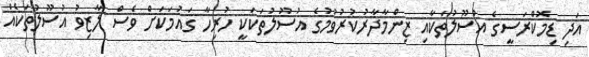
އަދި ޑިމޮކްރަސީގެ އުސޫލުތަކާއި ޒިންމާދާރުކުރުވުމުގެ އުސޫލުތަކަކީ ހުރިހާ ގައުމަކަށް ވެސް ލާޒިވު އުސޫލުތަކެއް